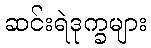
ဆင်းရဲဒုက္ခများ